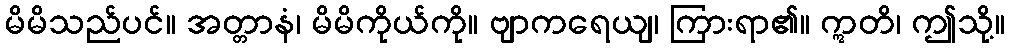
မိမိသည်ပင်။ အတ္တာနံ၊ မိမိကိုယ်ကို။ ဗျာကရေယျ၊ ကြားရာ၏။ ဣတိ၊ ဤသို့။